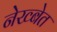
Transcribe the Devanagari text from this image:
नेख्बेत